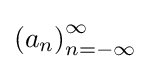
{\textstyle {(a_{n})}_{n=-\infty }^{\infty }}